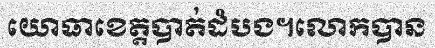
យោធាខេត្តបាត់ដំបង។លោកបាន